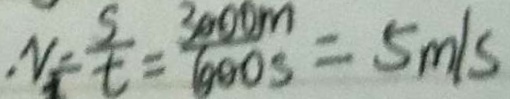
N = \frac { s } { t } = \frac { 3 0 0 0 m } { 6 0 0 s } = 5 m / s